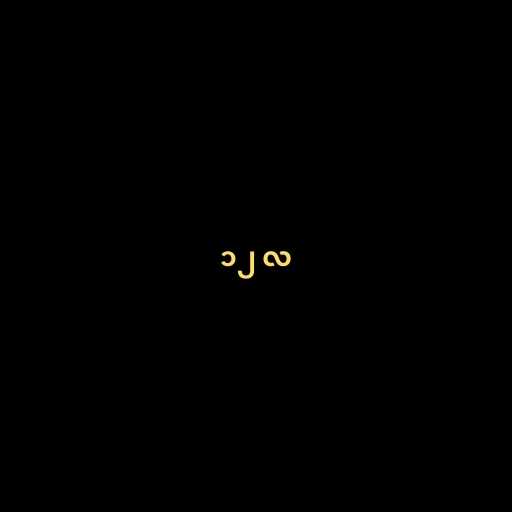
၁၂ လ